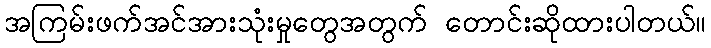
အကြမ်းဖက်အင်အားသုံးမှုတွေအတွက် တောင်းဆိုထားပါတယ်။